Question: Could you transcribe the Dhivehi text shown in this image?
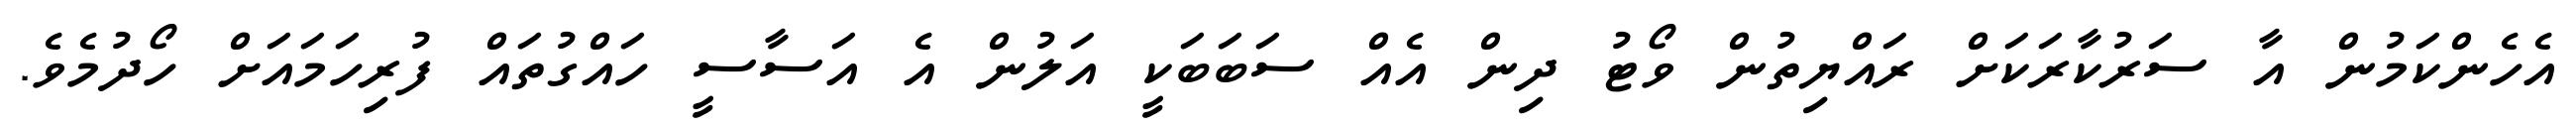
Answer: އެހެންކަމުން އާ ސަރުކާރަކަށް ރައްޔިތުން ވޯޓު ދިން އެއް ސަބަބަކީ އަލުން އެ އަސާސީ ހައްގުތައް ފުރިހަމައަށް ހޯދުމެވެ.